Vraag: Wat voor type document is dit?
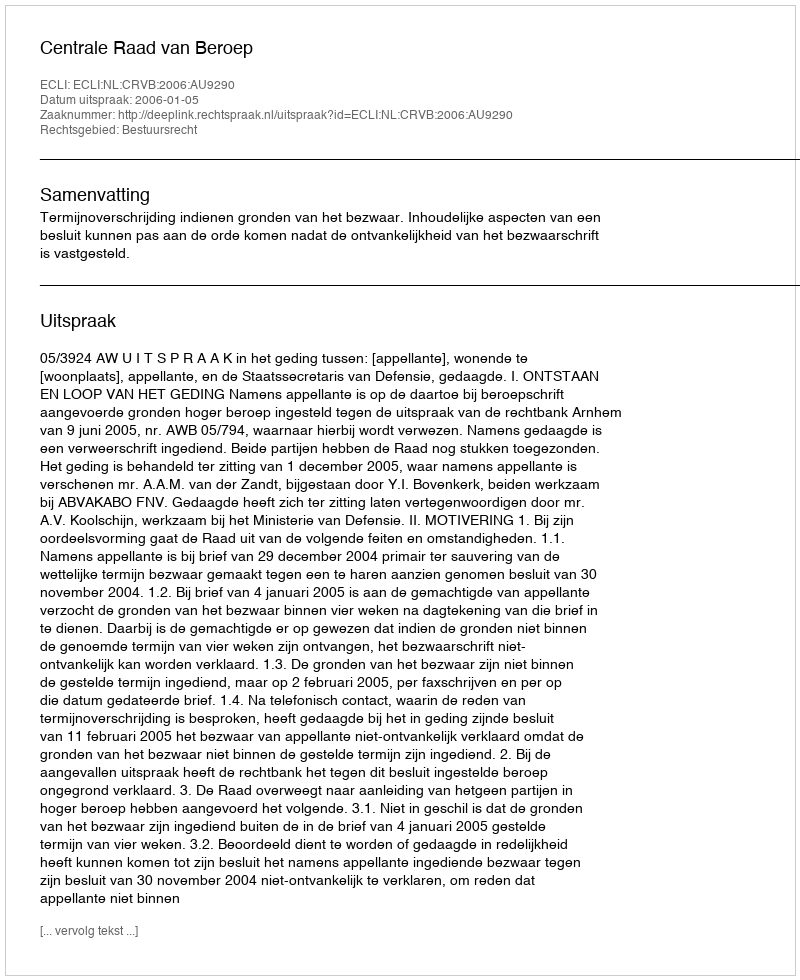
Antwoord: Uitspraak